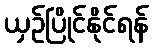
ယှဉ်ပြိုင်နိုင်ရန်